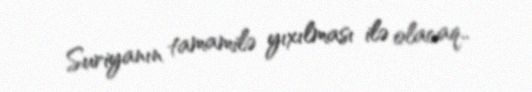
Suriyanın tamamilə yıxılması ilə olacaq..